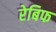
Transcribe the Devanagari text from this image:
रेबिफ